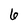
Character: 6